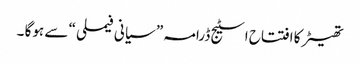
تھیٹر کا افتتاح اسٹیج ڈرامہ ” سیانی فیملی “ سے ہوگا ۔